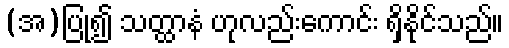
(အ)ပြု၍ သတ္ထာနံ ဟုလည်းကောင်း ရှိနိုင်သည်။